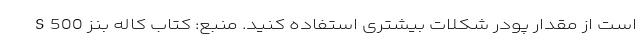
است از مقدار پودر شکلات بیشتری استفاده کنید. منبع: کتاب کاله بنز S500